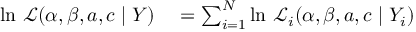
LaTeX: \begin{array} { r l } { \ln \, { \mathcal { L } } ( \alpha , \beta , a , c \mid Y ) } & { { } = \sum _ { i = 1 } ^ { N } \ln \, { \mathcal { L } } _ { i } ( \alpha , \beta , a , c \mid Y _ { i } ) } \end{array}